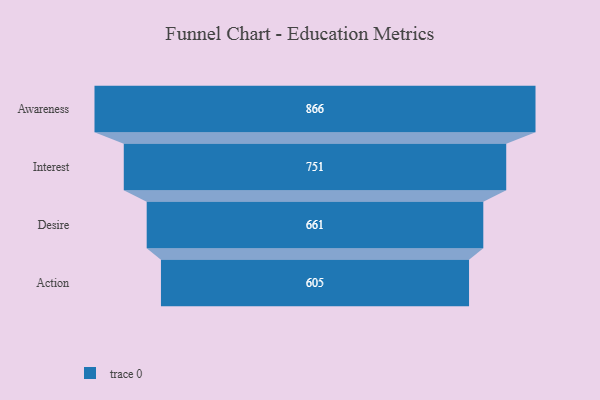
{"axis": {"x": "Stage", "y": "Value"}, "legend": [""], "data": [{"x": "Awareness", "y": 866.0, "type": ""}, {"x": "Interest", "y": 751.0, "type": ""}, {"x": "Desire", "y": 661.0, "type": ""}, {"x": "Action", "y": 605.0, "type": ""}]}